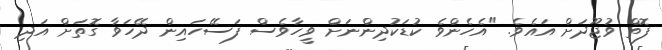
ފޮތް ވުޖޫދަށް އައެވެ. "އެހެންވެ ކުޑަކުދިންނަށް ވީހާވެސް ފަސޭހައިން ދޭހަވާ ގޮތަށް އަދި